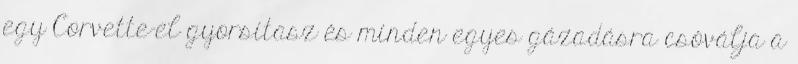
egy Corvette-el gyorsítasz és minden egyes gázadásra csóválja a